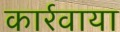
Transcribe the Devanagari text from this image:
कार्रवाया